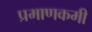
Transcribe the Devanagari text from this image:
प्रमाणकमी